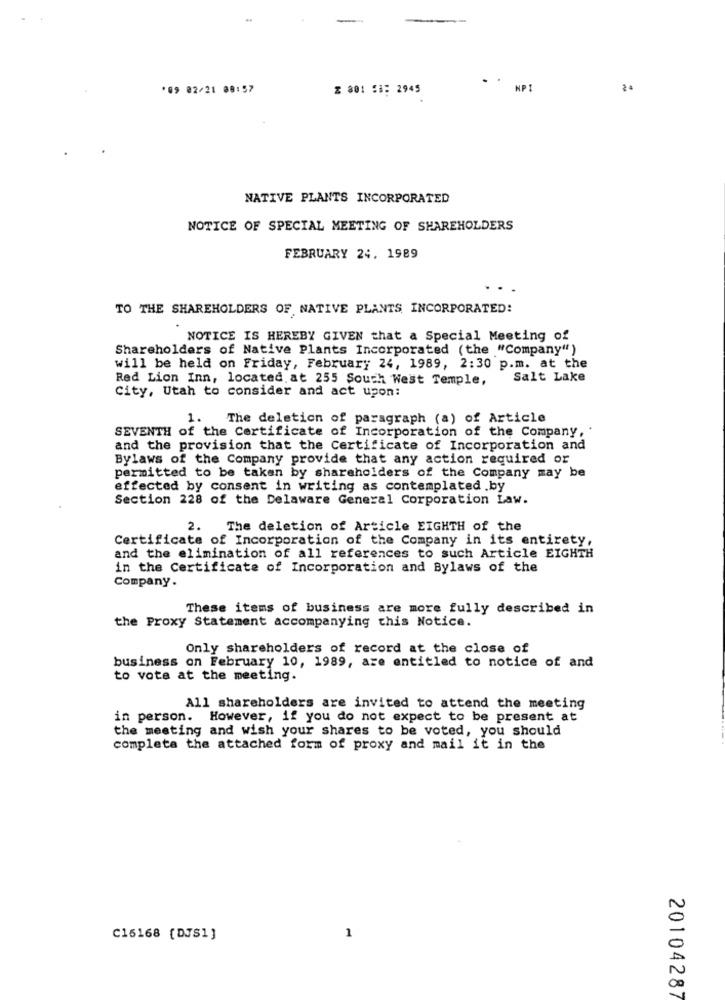
*09 02/21 89:57
Z 801 53: 2945
NATIVE PLANTS INCORPORATED
NOTICE OF SPECIAL MEETING OF SHAREHOLDERS
FEBRUARY 24, 1989
TO THE SHAREHOLDERS OF NATIVE PLANTS, INCORPORATED:
NOTICE IS HEREBY GIVEN that a Special Meeting of
Shareholders of Native Plants Incorporated (the "Company" )
will be held on Friday, February 24, 1989, 2:30 p.m. at the
Red Lion Inn, located at 255 South West Temple,
Salt Lake
City, Utah to consider and act upon:
1.
The deletion of paragraph (a) of Article
SEVENTH of the Certificate of Incorporation of the Company ,.
and the provision that the Certificate of Incorporation and
Bylaws of the Company provide that any action required or
permitted to be taken by shareholders of the Company may be
effected by consent in writing as contemplated .by
Section 228 of the Delaware General Corporation Law.
2.
The deletion of Article EIGHTH of the
Certificate of Incorporation of the Company in its entirety,
and the elimination of all references to such Article EIGHTH
in the Certificate of Incorporation and Bylaws of the
Company.
These items of business are more fully described in
the Proxy Statement accompanying this Notice.
Only shareholders of record at the close of
business on February 10, 1989, are entitled to notice of and
to vote at the meeting.
All shareholders are invited to attend the meeting
in person. However, if you do not expect to be present at
the meeting and wish your shares to be voted, you should
completa the attached form of proxy and mail it in the
C16168 [DJS1]
1
20104287